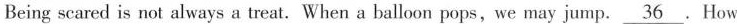
Being scared is not always a treat. When a balloon pops,we may jump\underline{36}.How